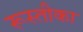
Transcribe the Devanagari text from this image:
रूस्तीका